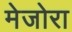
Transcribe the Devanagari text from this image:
मेजोरा